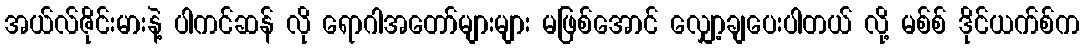
အယ်လ်ဇိုင်းမားနဲ့ ပါကင်ဆန် လို ရောဂါအတော်များများ မဖြစ်အောင် လျှော့ချပေးပါတယ် လို့ မစ်စ် ဒိုင်ယက်စ်က